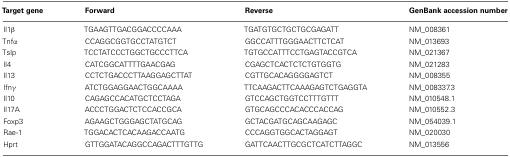
| Target gene | Forward | Reverse | GenBank accession number |
 | --- | --- | --- | --- |
 | Il1β | TGAAGTTGACGGACCCCAAA | TGATGTGCTGCTGCGAGATT | NM_008361 |
 | Tnfα | CCAGGCGGTGCCTATGTCT | GGCCATTTGGGAACTTCTCAT | NM_013693 |
 | Tslp | TCCTATCCCTGGCTGCCCTTCA | TGTGCCATTTCCTGAGTACCGTCA | NM_021367 |
 | Il4 | CATCGGCATTTTGAACGAG | CGAGCTCACTCTCTGTGGTG | NM_021283 |
 | Il13 | CCTCTGACCCTTAAGGAGCTTAT | CGTTGCACAGGGGAGTCT | NM_008355 |
 | Ifnγ | ATCTGGAGGAACTGGCAAAA | TTCAAGACTTCAAAGAGTCTGAGGTA | NM_008337.3 |
 | Il10 | CAGAGCCACATGCTCCTAGA | GTCCAGCTGGTCCTTTGTTT | NM_010548.1 |
 | Il17A | ACCCTGGACTCTCCACCGCA | GTGCAGCCCACACCCACCAG | NM_010552.3 |
 | Foxp3 | AGAAGCTGGGAGCTATGCAG | GCTACGATGCAGCAAGAGC | NM_054039.1 |
 | Rae-1 | TGGACACTCACAAGACCAATG | CCCAGGTGGCACTAGGAGT | NM_020030 |
 | Hprt | GTTGGATACAGGCCAGACTTTGTTG | GATTCAACTTGCGCTCATCTTAGGC | NM_013556 |